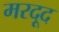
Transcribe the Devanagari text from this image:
मरदूद